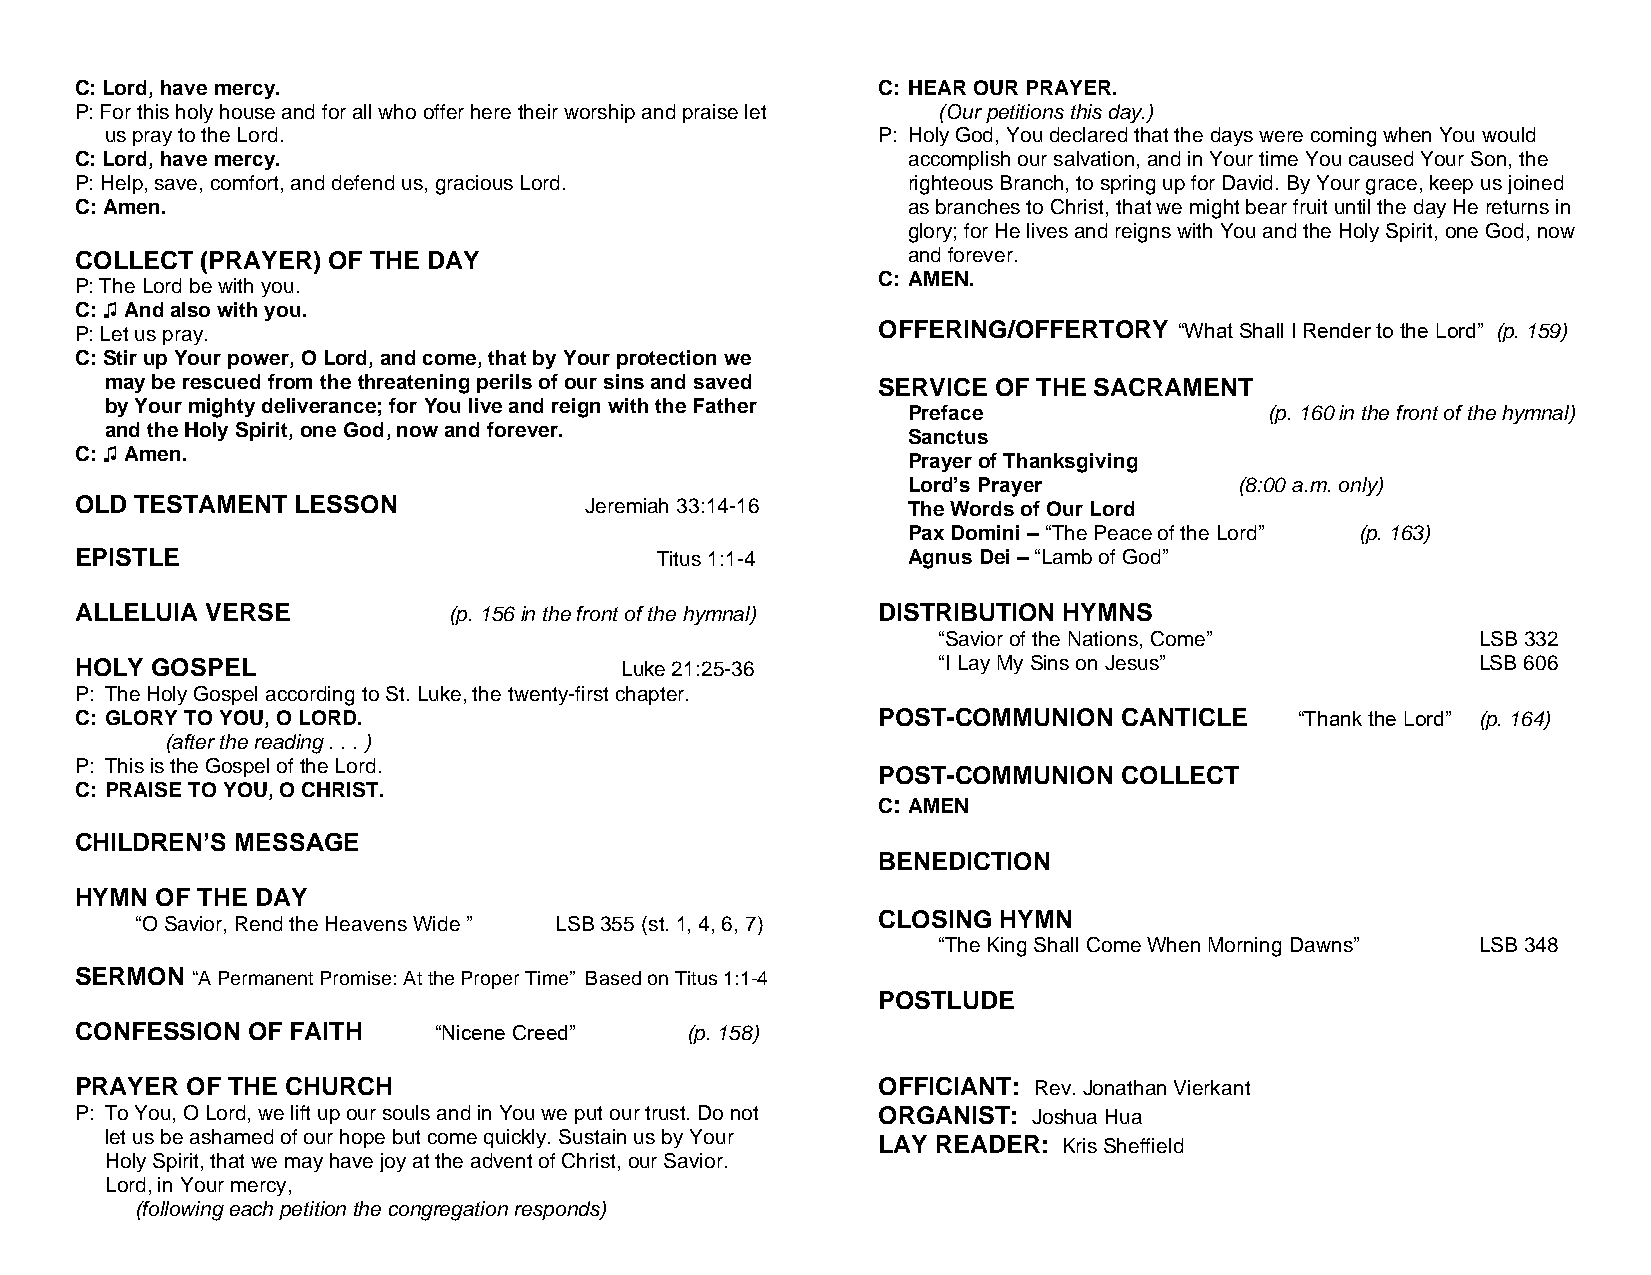
C: Lord, have mercy.                                 C: HEAR OUR PRAYER.
 P: For this holy house and for all who offer here their worship and praise let (Our petitions this day.)
 us pray to the Lord.                               P: Holy God, You declared that the days were coming when You would
 C: Lord, have mercy.                                   accomplish our salvation, and in Your time You caused Your Son, the
 P: Help, save, comfort, and defend us, gracious Lord.  righteous Branch, to spring up for David. By Your grace, keep us joined
 C: Amen.                                               as branches to Christ, that we might bear fruit until the day He returns in
 glory; for He lives and reigns with You and the Holy Spirit, one God, now
 COLLECT (PRAYER) OF THE DAY                            and forever.
 C: AMEN.
 P: The Lord be with you.
 C: ♫ And also with you.
 P: Let us pray.                                      OFFERING/OFFERTORY  “What Shall I Render to the Lord” (p. 159)
 C: Stir up Your power, O Lord, and come, that by Your protection we
 may be rescued from the threatening perils of our sins and saved SERVICE OF THE SACRAMENT
 by Your mighty deliverance; for You live and reign with the Father
 Preface                 (p. 160 in the front of the hymnal)
 and the Holy Spirit, one God, now and forever.
 Sanctus
 C: ♫ Amen.
 Prayer of Thanksgiving
 Lord’s Prayer         (8:00 a.m. only)
 OLD TESTAMENT  LESSON             Jeremiah 33:14-16    The Words of Our Lord
 Pax Domini – “The Peace of the Lord” (p. 163)
 EPISTLE                               Titus 1:1-4      Agnus Dei – “Lamb of God”
 ALLELUIA VERSE           (p. 156 in the front of the hymnal) DISTRIBUTION HYMNS
 “Savior of the Nations, Come”       LSB 332
 HOLY GOSPEL                         Luke 21:25-36        “I Lay My Sins on Jesus”            LSB 606
 P: The Holy Gospel according to St. Luke, the twenty-first chapter.
 C: GLORY TO YOU, O LORD.                             POST-COMMUNION  CANTICLE    “Thank the Lord” (p. 164)
 (after the reading . . . )
 P: This is the Gospel of the Lord.
 POST-COMMUNION  COLLECT
 C: PRAISE TO YOU, O CHRIST.
 C: AMEN
 CHILDREN’S MESSAGE
 BENEDICTION
 HYMN OF THE DAY
 “O Savior, Rend the Heavens Wide ” LSB 355 (st. 1, 4, 6, 7)
 CLOSING HYMN
 “The King Shall Come When Morning Dawns” LSB 348
 SERMON  “A Permanent Promise: At the Proper Time” Based on Titus 1:1-4
 POSTLUDE
 CONFESSION OF FAITH     “Nicene Creed”  (p. 158)
 PRAYER OF THE CHURCH                                 OFFICIANT: Rev. Jonathan Vierkant
 P: To You, O Lord, we lift up our souls and in You we put our trust. Do not ORGANIST: Joshua Hua
 let us be ashamed of our hope but come quickly. Sustain us by Your LAY READER: Kris Sheffield
 Holy Spirit, that we may have joy at the advent of Christ, our Savior.
 Lord, in Your mercy,
 (following each petition the congregation responds)